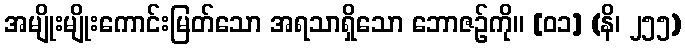
အမျိုးမျိုးကောင်းမြတ်သော အရသာရှိသော ဘောဇဉ်ကို။ [၀၁] (နိ၊ ၂၅၅)